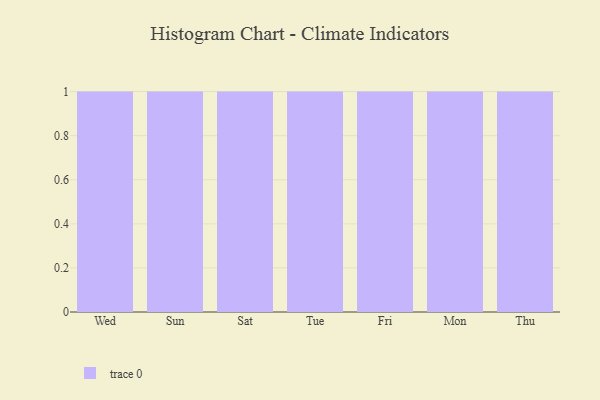
{"axis": {"x": "Day", "y": "Inventory Turnover"}, "legend": [""], "data": [{"x": "Wed", "y": 18, "type": ""}, {"x": "Sun", "y": 16, "type": ""}, {"x": "Sat", "y": 35, "type": ""}, {"x": "Tue", "y": 24, "type": ""}, {"x": "Fri", "y": 55, "type": ""}, {"x": "Mon", "y": 77, "type": ""}, {"x": "Thu", "y": 74, "type": ""}]}